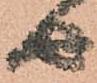
由